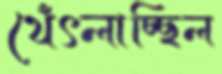
থেঁৎলাচ্ছিল